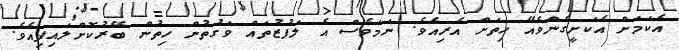
އެކަމަށް އެކަށީގެންވެއޭ ހިތަށް އެރިއެވެ. ނަމަވެސް އެ ލަފުޒުތައް ވަގުތުން ހިތުން ބޭރުކޮށްލައިފިއެވެ.